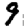
Digit: 9